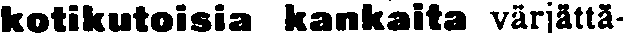
kotikutoisia kankaita värjättä-